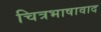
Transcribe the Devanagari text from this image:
चित्रभाषावाद